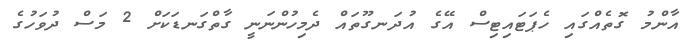
އާންމު ގޮތެއްގައި ހެޕަޓައިޓިސް އޭގެ އުދަނގޫތައް ދެމިހުންނަނީ ގާތްގަނޑަކަށް 2 މަސް ދުވަހުގެ